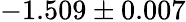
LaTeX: -1.509\pm 0.007